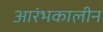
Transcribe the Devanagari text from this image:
आरंभकालीन